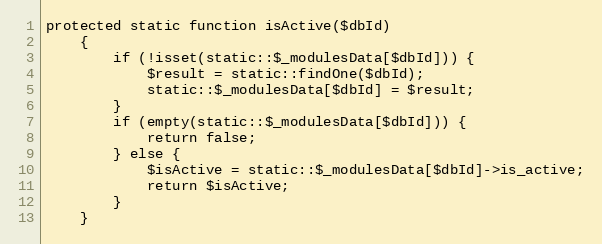
Language: PHP
protected static function isActive($dbId)
    {
        if (!isset(static::$_modulesData[$dbId])) {
            $result = static::findOne($dbId);
            static::$_modulesData[$dbId] = $result;
        }
        if (empty(static::$_modulesData[$dbId])) {
            return false;
        } else {
            $isActive = static::$_modulesData[$dbId]->is_active;
            return $isActive;
        }
    }